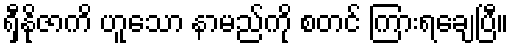
ရှီနိုဇာကိ ဟူသော နာမည်ကို စတင် ကြားရချေပြီ။